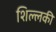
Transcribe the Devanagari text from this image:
शिल्लकी